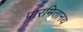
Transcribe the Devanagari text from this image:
पारमितानय